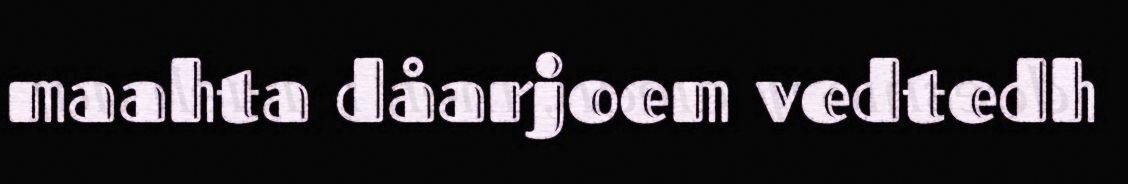
maahta dåarjoem vedtedh